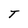
Character: T